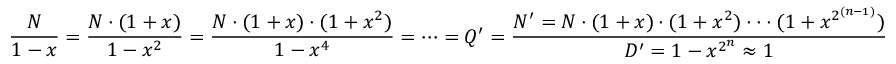
{ \frac { N } { 1 - x } } = { \frac { N \cdot ( 1 + x ) } { 1 - x ^ { 2 } } } = { \frac { N \cdot ( 1 + x ) \cdot ( 1 + x ^ { 2 } ) } { 1 - x ^ { 4 } } } = \cdots = Q ^ { \prime } = { \frac { N ^ { \prime } = N \cdot ( 1 + x ) \cdot ( 1 + x ^ { 2 } ) \cdot \cdot \cdot ( 1 + x ^ { 2 ^ { ( n - 1 ) } } ) } { D ^ { \prime } = 1 - x ^ { 2 ^ { n } } \approx 1 } }